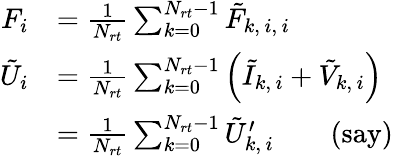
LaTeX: \begin{array}{rl}{F_{i}}&{=\frac{1}{N_{rt}}\sum_{k=0}^{N_{rt}-1}\tilde{F}_{k,\, i,\, i}}\\ {\tilde{U}_{i}}&{=\frac{1}{N_{rt}}\sum_{k=0}^{N_{rt}-1}\left(\tilde{I}_{k,\, i}+\tilde{V}_{k,\, i}\right)}\\ &{=\frac{1}{N_{rt}}\sum_{k=0}^{N_{rt}-1}\tilde{U}_{k,\, i}^{\prime}\qquad\mathrm{(say)}}\end{array}